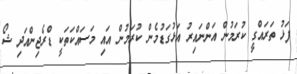
ފަޅު ތަރައްގީ ކުރަމުން އަންނައިރު އަޅުގަޑުމެން ކުރަމުން އައި މަސައްކަތަކީ ޑްރެޖިންއަދި ޝޯ